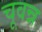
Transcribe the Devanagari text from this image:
चूवन्न